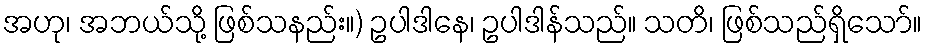
အဟု၊ အဘယ်သို့ ဖြစ်သနည်း။) ဥပါဒါနေ၊ ဥပါဒါန်သည်။ သတိ၊ ဖြစ်သည်ရှိသော်။